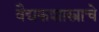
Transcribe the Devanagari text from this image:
वैद्यकशास्त्राचे